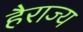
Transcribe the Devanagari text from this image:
हैराज्य